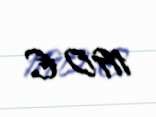
1190 €